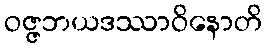
ဝဇ္ဇဘယဒဿာဝိနောတိ